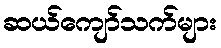
ဆယ်ကျော်သက်များ